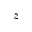
z